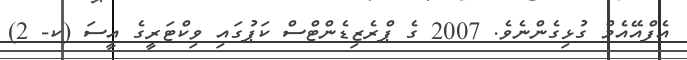
އެފްއޭއެމް ގުޅިގެންނެވެ. 2007 ގެ ޕްރެޒިޑެންޓްސް ކަޕުގައި ވިކްޓަރީގެ އީސަ (ކ- 2)